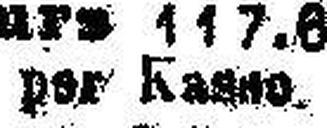
per Kasse